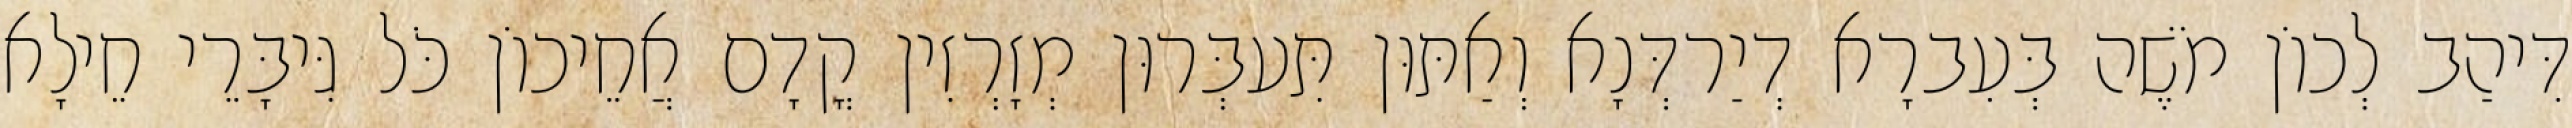
דִּיהַב לְכוֹן מֹשֶׁה בְּעִברָא דְיַרדְּנָא וְאַתּוּן תִּעבְּרוּן מְזָרְזִין קֳדָם אֲחֵיכוֹן כֹּל גִּיבָּרֵי חֵילָא